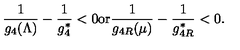
{ \frac { 1 } { g _ { 4 } ( \Lambda ) } } - { \frac { 1 } { g _ { 4 } ^ { \ast } } } < 0 \mathrm { o r } { \frac { 1 } { g _ { 4 R } ( \mu ) } } - { \frac { 1 } { g _ { 4 R } ^ { \ast } } } < 0 .